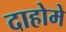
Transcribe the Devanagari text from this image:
दाहोमे